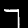
Digit: 7